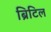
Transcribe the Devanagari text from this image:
ब्रिटिल